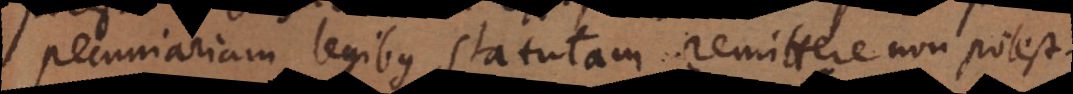
pecuniariam legibus statutam remittere non potest.